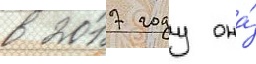
в 2017 году она́